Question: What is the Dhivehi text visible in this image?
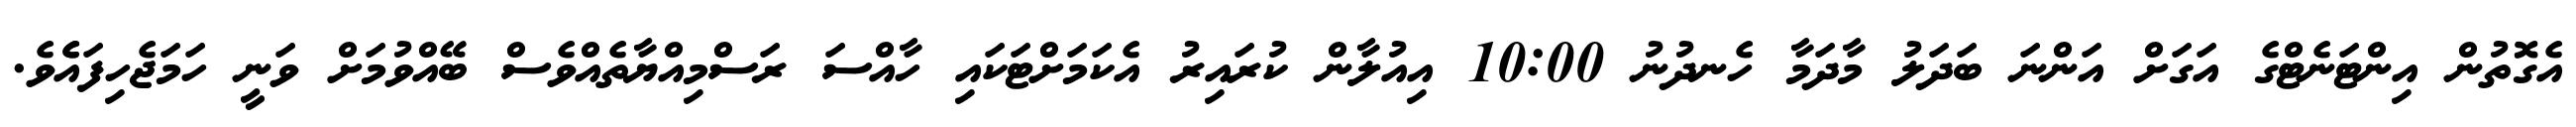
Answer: އެގޮތުން އިންޓަނެޓްގެ އަގަށް އަންނަ ބަދަލު މާދަމާ ހެނދުނު 10:00 އިއުލާން ކުރައިރު އެކަމަށްޓަކައި ހާއްސަ ރަސްމިއްޔާތެއްވެސް ބޭއްވުމަށް ވަނީ ހަމަޖެހިފައެެވެ.